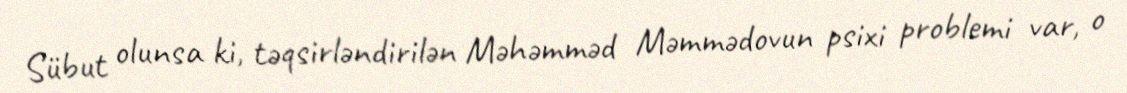
Sübut olunsa ki, təqsirləndirilən Məhəmməd Məmmədovun psixi problemi var, o